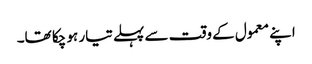
اپنے معمول کے وقت سے پہلے تیار ہو چکا تھا۔